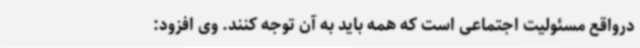
درواقع مسئولیت اجتماعی است که همه باید به آن توجه کنند. وی افزود: